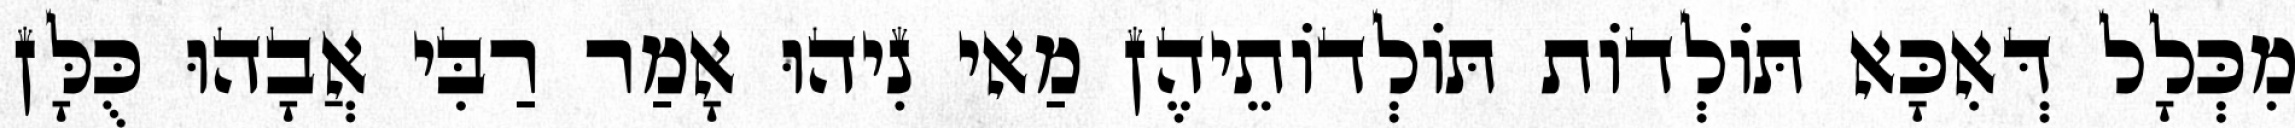
מִכְּלָל דְּאִכָּא תּוֹלְדוֹת תּוֹלְדוֹתֵיהֶן מַאי נִיהוּ אָמַר רַבִּי אֲבָהוּ כֻּלָּן